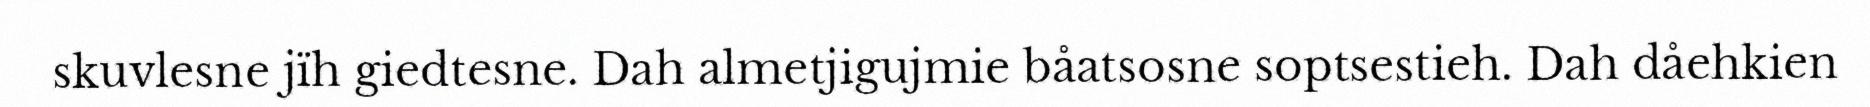
skuvlesne jïh giedtesne. Dah almetjigujmie båatsosne soptsestieh. Dah dåehkien